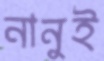
নানুই